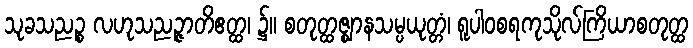
သုခသညဉ္စ လဟုသညဉ္ဇာတိဧတ္ထ၊ ၌။ စတုတ္ထဇ္ဈာနသမ္ပယုတ္တံ၊ ရူပါဝစရကုသိုလ်ကြိယာစတုတ္ထ